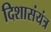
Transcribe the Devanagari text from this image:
दिशासंयंत्र